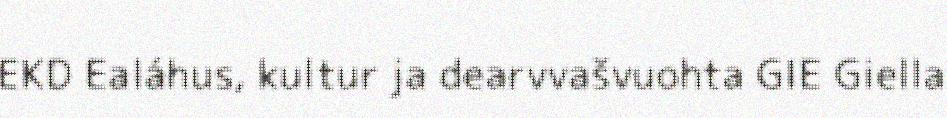
EKD Ealáhus, kultur ja dearvvašvuohta GIE Giella